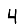
Digit: 4